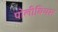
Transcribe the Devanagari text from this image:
पोलीबियस